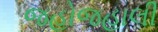
જહોજહાલી